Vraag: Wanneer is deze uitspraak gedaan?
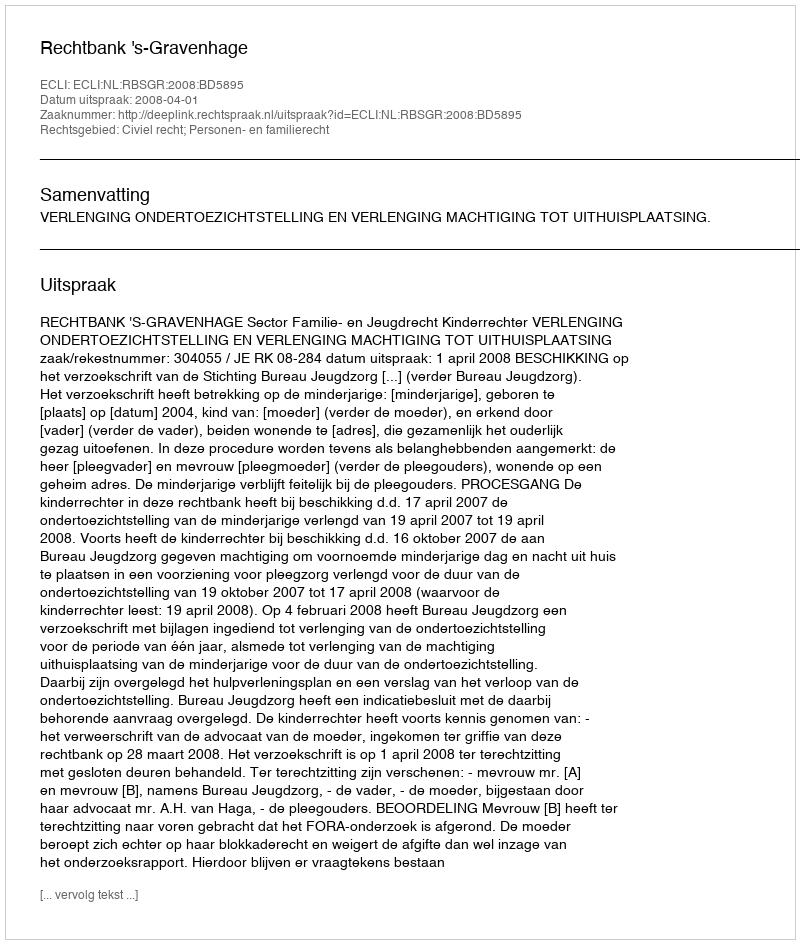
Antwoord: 2008-04-01